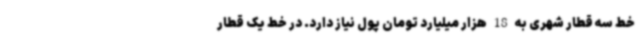
خط سه قطار شهری به 18 هزار میلیارد تومان پول نیاز دارد. در خط یک قطار